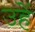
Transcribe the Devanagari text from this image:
उहें